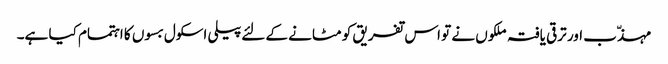
مہذّب اور ترقی یافتہ ملکوں نے تو اس تفریق کو مٹانے کے لئےپیلی اسکول بسوں کا اہتمام کیا ہے۔